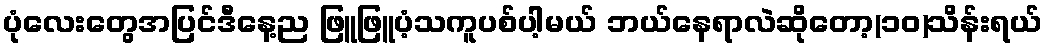
ပုံလေးတွေအပြင်ဒီနေ့ည ဖြူဖြူပံ့သကူပစ်ပါ့မယ် ဘယ်နေရာလဲဆိုတော့(၁၀)သိန်းရယ်